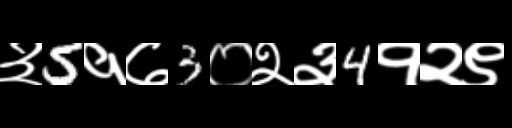
Text: ३5१७3०२३4१२९